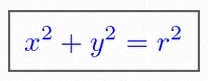
x^2+y^2=r^2